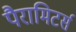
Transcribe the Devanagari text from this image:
पैरामिटर्स